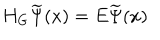
LaTeX: H _ { G } \widetilde { \Psi } ( x ) = E \widetilde { \Psi } ( x )